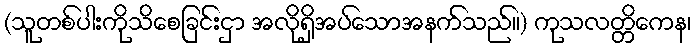
(သူတစ်ပါးကိုသိစေခြင်းငှာ အလိုရှိအပ်သောအနက်သည်။) ကုသလတ္တိကေန၊